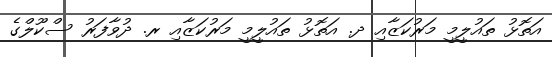
އަތޮޅު ތައުލީމީ މަރުކަޒާއި ދ. އަތޮޅު ތައުލީމީ މަރުކަޒާއި ރ. ދުވާފަރު ސްކޫލްގެ